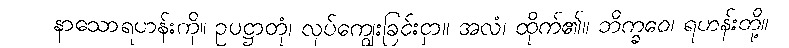
နာသောရဟန်းကို။ ဥပဋ္ဌာတုံ၊ လုပ်ကျွေးခြင်းငှာ။ အလံ၊ ထိုက်၏။ ဘိက္ခဝေ၊ ရဟန်းတို့။